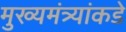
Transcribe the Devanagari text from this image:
मुख्यमंत्र्यांकडे